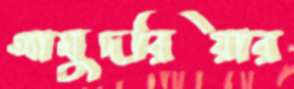
আমুদরিয়ার